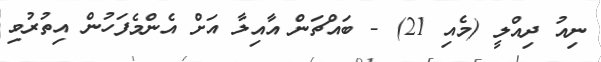
ނިއު ދިއްލީ (މެއި 21) - ބައްޗަން އާއިލާ އަށް އެންމެފަހުން އިތުރުވި